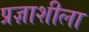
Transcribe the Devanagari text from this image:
प्रज्ञाशीला